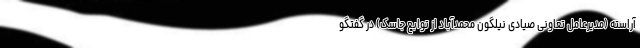
آراسته (مدیرعامل تعاونی صیادی نیلگون محمدآباد از توابع جاسک) در گفتگو